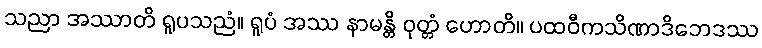
သညာ အဿာတိ ရူပသညံ။ ရူပံ အဿ နာမန္တိ ဝုတ္တံ ဟောတိ။ ပထဝီကသိဏာဒိဘေဒဿ